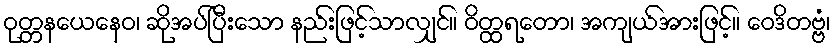
ဝုတ္တနယေနေဝ၊ ဆိုအပ်ပြီးသော နည်းဖြင့်သာလျှင်။ ဝိတ္ထရတော၊ အကျယ်အားဖြင့်။ ဝေဒိတဗ္ဗံ၊